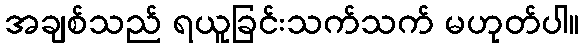
အချစ်သည် ရယူခြင်းသက်သက် မဟုတ်ပါ။